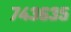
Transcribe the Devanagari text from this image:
७४३६३५